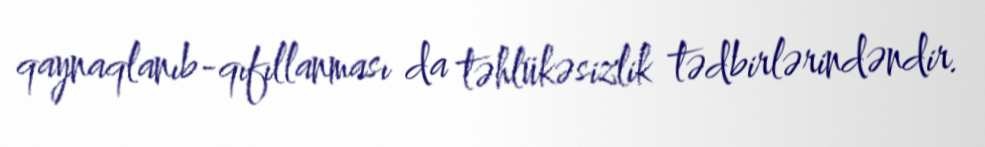
qaynaqlanıb-qıfıllanması da təhlükəsizlik tədbirlərindəndir.